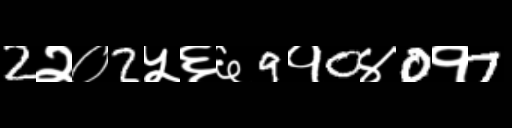
Text: 2२०2५६६9१0४0१7